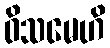
ဝိသမေဟိ